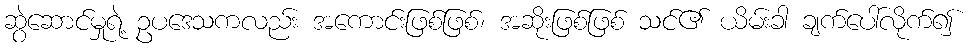
ဆွဲဆောင်မှုရဲ့ ဥပဒေသကလည်း အကောင်းဖြစ်ဖြစ်၊ အဆိုးဖြစ်ဖြစ် သင်၏ ယိမ်းခါ ချက်ပေါ်လိုက်၍